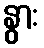
နွား